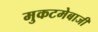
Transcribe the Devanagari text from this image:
मुकटमेबाजी